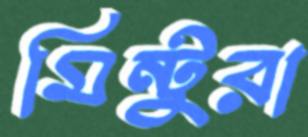
মিন্টুরা